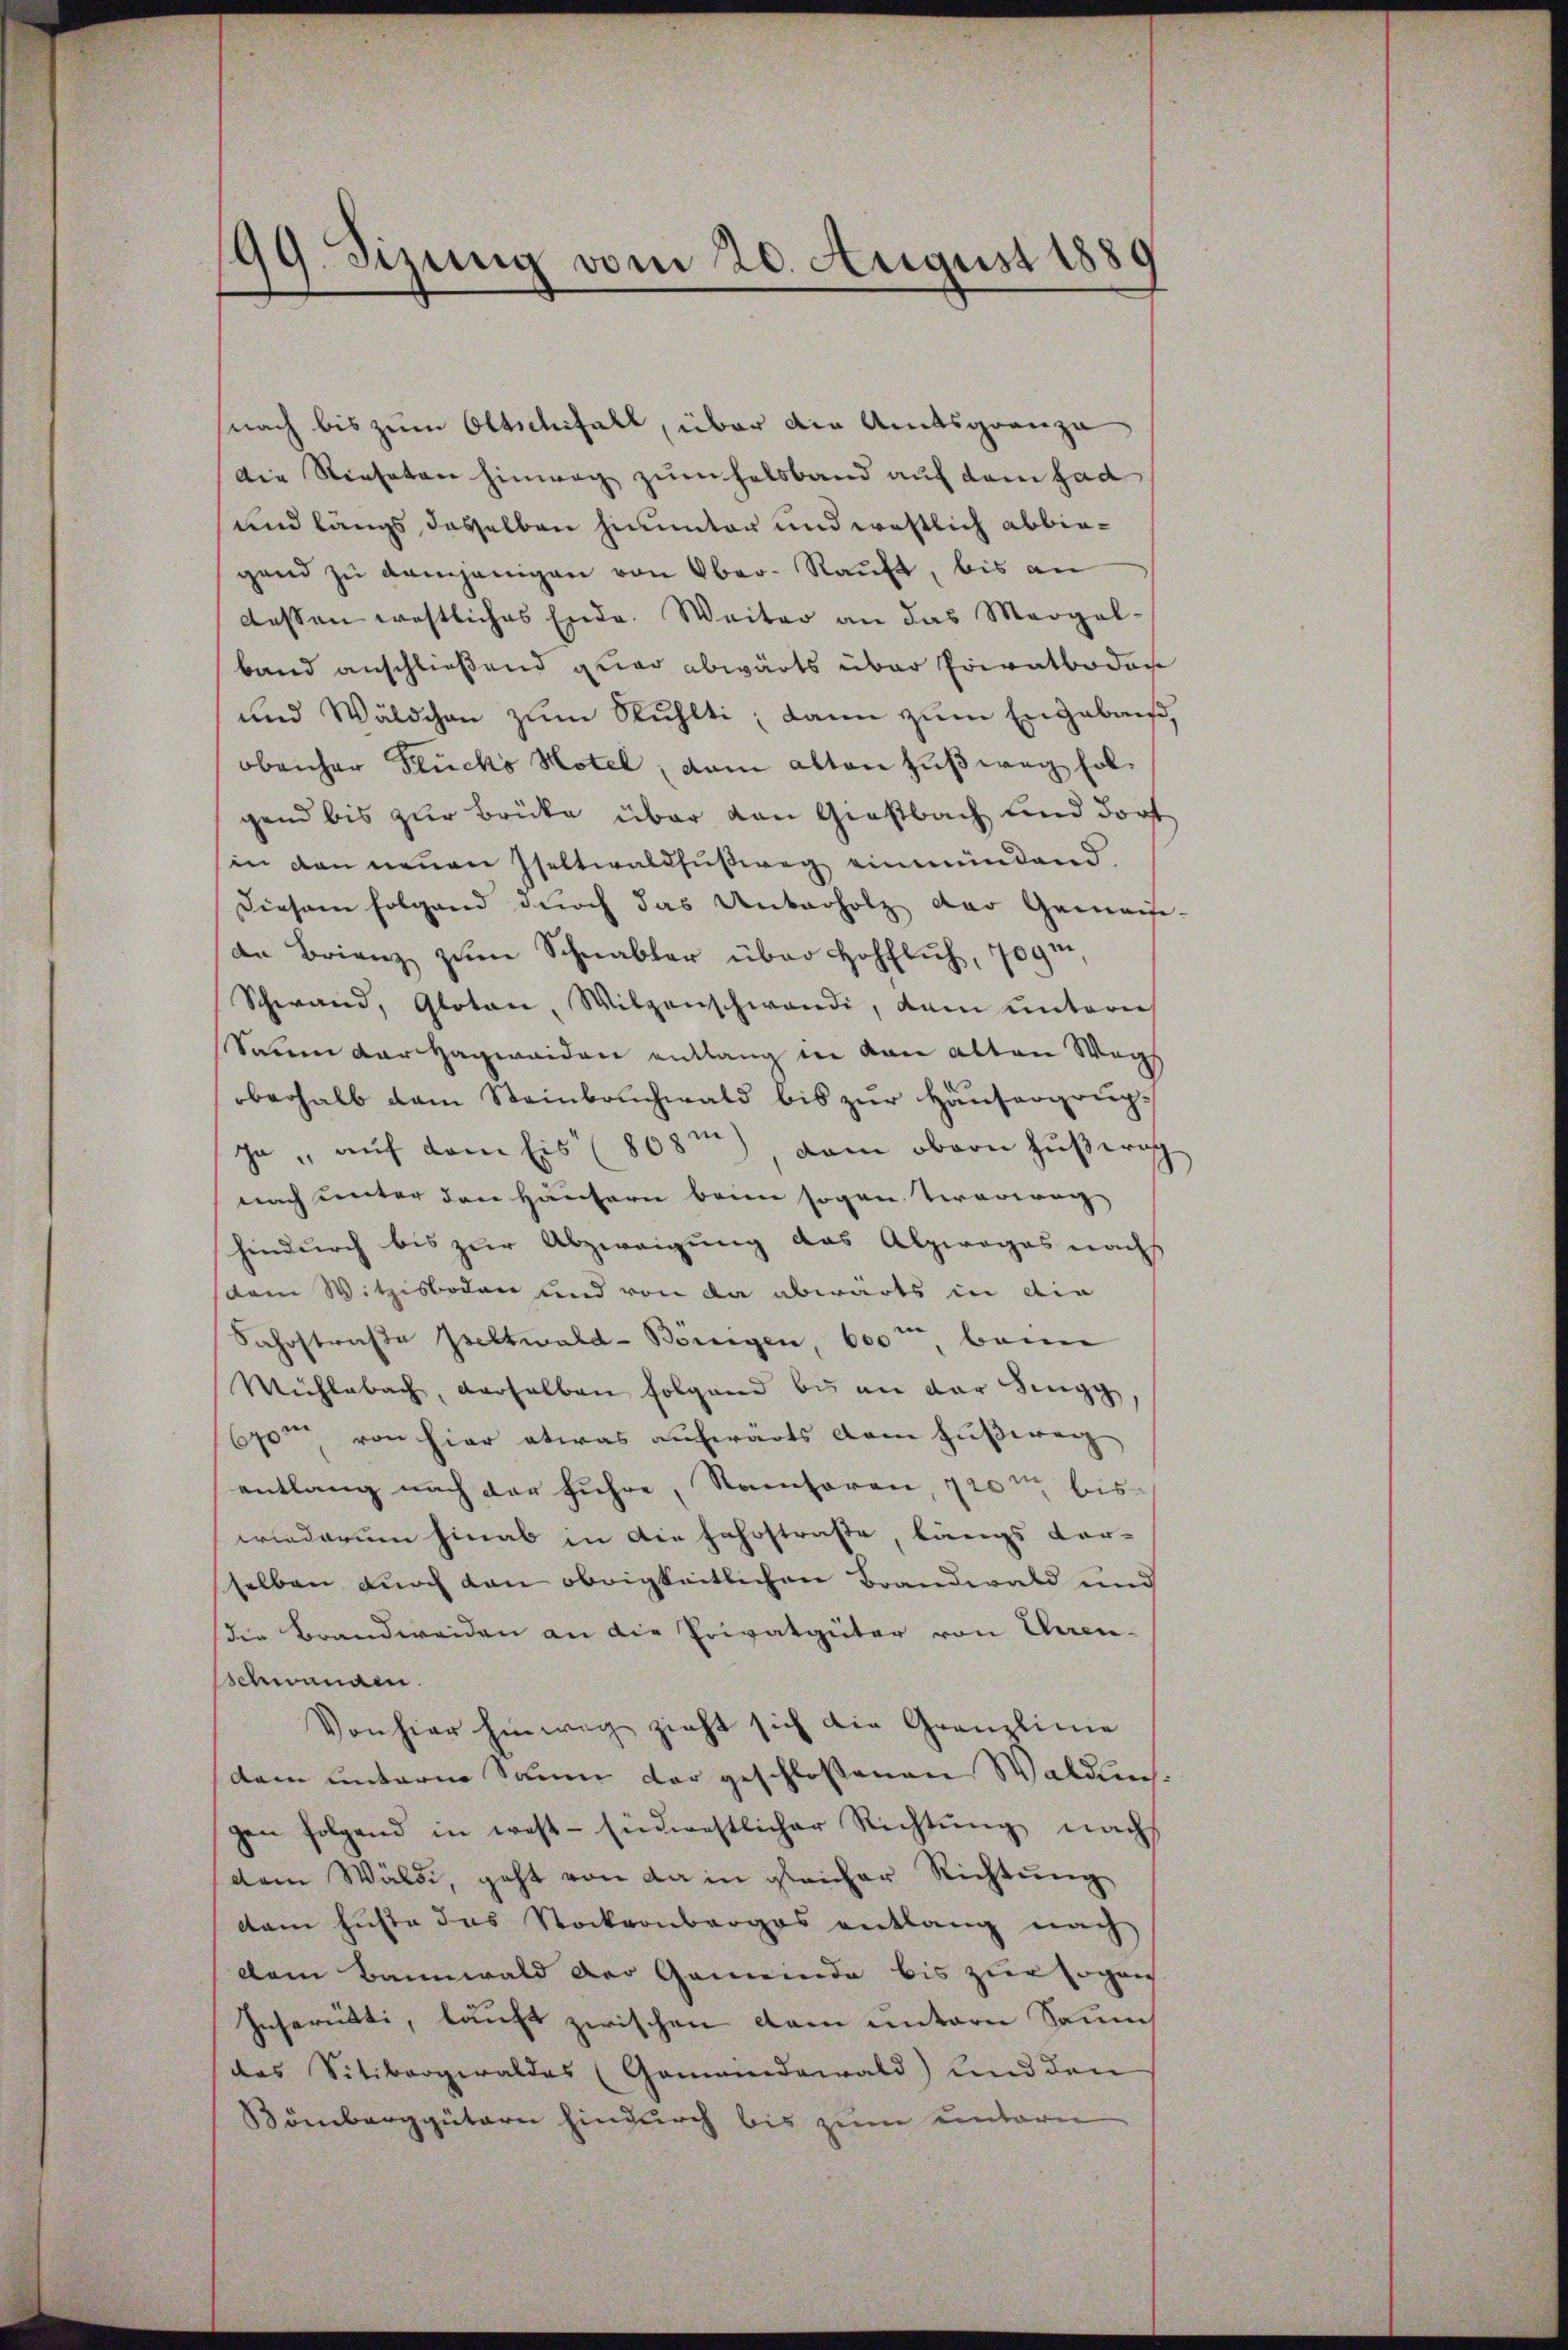
199. Sizung vom 20. August 1886

nach bis zum Ottschfall, über die Amtsgranza
Die Rieseten hinweg zum halsband auf dem Had
und längs dasselben hinunter und ernstlich abbiegand zu demjenigen von Ober-Rauft, bis an
dessen westliches Ende. Weiter an das Morgel-
band anschließend quar abwärts über Privatboden
und Wäldchen zum Stuhlti; dann zum Engebauß,
obenher Flücke Hotel, dem alten Fußweg folgend bis zur Brücke über den Giesbach und dort
in den neuen Iseltwaldfußweg einmündend
Diesem folgend durch das Unterholz der Gemein-
dn Brienz zum Schnabler über Hoffluh, 709
Schwand, Gloten, Wilzenschwandi, dam untern
Saum dar Hagweiden entlang in von alten Weg
oberhalb dem Steinbruchwald bis zur Häusergrupja, auf dem Eis (808m), dem obern Huseri
nach unter den Häusern beim sogen Terariag
hindurch bis zur Abzweigung das Abzweges nachs
sdem Witzisboden und von da abwärts in die
Fahrstraße seltwald- Bönigen, 600, beim
Mühlebach, derselben folgend bis an der Singg,
670 von hier etwas aufwärts dem Fußweg
entlang nach der führe, Stamhoren, 120m bis
wiederum hinab in die Fahrstraße, längs der-
sselben durch den obrigkeitlichen Brandwald und
die Brandweiden an die Privatgüter von Ehren.
sschwanden.
Von hier hinweg zieht sich die Granzlinie
dem unterne Saume der geschlossenen Waldung.
gen folgend in west-Einwestlicher Richtŭng nach
dem Wäldi, geht von da in gleicher Richtung
dam huste das Stockvonbroges entlang nach
dem Bannwald der Gemeinde bis zur sogen
Inseritti, lauft zwischen dem untern Saum
das Sitiborgeraldes (Gemeindewald) und den
Bömberggütern hindurch bis zum untern